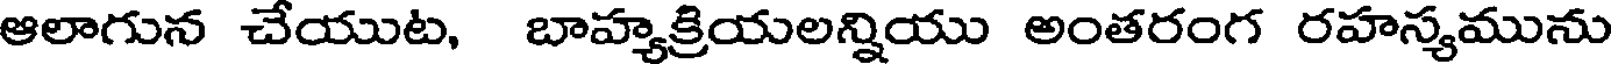
ఆలాగున చేయుట, బాహ్యక్రియలన్నియు అంతరంగ రహస్యమును